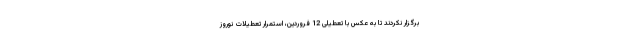
برگزار نکردند تا به عکس با تعطیلی 12 فروردین، استمرار تعطیلات نوروز